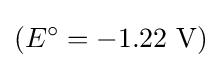
(E^{\circ }=-1.22{\text{ V}})